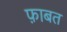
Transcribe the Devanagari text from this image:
फ़ाबत